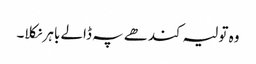
وہ تولیہ کندھے پہ ڈالے باہر نکلا۔